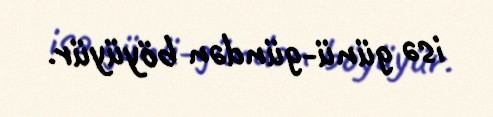
isə günü-gündən böyüyür.